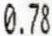
0.78